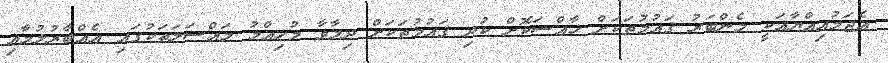
އެޖަމުއިއްޔާއަކީ މެންބަރު ޤައުމުތަކަށް ޚާއްސަކޮށް ކުދި ޤައުމުތަކަށް ދިމާވާ މުހިއްމު މައްސަލަތަކުގައި އެއްބާރުލުމާއި